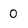
Character: 0